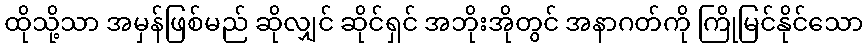
ထိုသို့သာ အမှန်ဖြစ်မည် ဆိုလျှင် ဆိုင်ရှင် အဘိုးအိုတွင် အနာဂတ်ကို ကြိုမြင်နိုင်သော